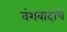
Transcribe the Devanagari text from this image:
वंशवादाचे